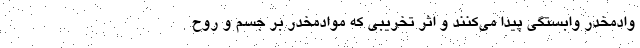
وادمخدر وابستگی پیدا می‌کنند و اثر تخریبی که موادمخدر بر جسم و روح